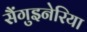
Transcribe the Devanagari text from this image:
सैंगुइनेरिया